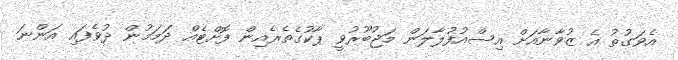
އެވަގުތު އެ ޒުވާނާއަށް އިސްއުފުލާލަން މަޖުބޫރުވީ ޕާކުގެތެރެއިން ފޮށްޓެއް ދަމަމުން ދުވެފައި އަންނަ